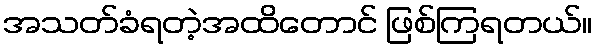
အသတ်ခံရတဲ့အထိတောင် ဖြစ်ကြရတယ်။